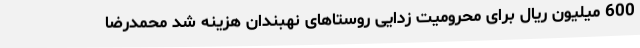
600 میلیون ریال برای محرومیت زدایی روستاهای نهبندان هزینه شد محمدرضا